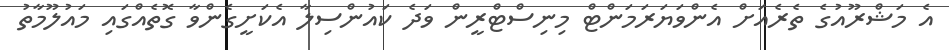
އެ މަޝްރޫއުގެ ތެރެއަށް އެންވަޔަރަމަންޓް މިނިސްޓްރީން ވަދެ ކައުންސިލާ އެކަށީގެންވާ ގޮތެއްގައި މައުލޫމާތު